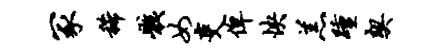
冢稀骸女吏俾怏羔踵契